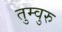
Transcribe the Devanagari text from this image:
तुम्वुरु